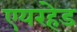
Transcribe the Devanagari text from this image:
एयरहेड